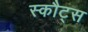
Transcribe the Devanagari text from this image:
स्कौट्स